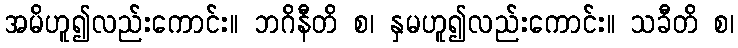
အမိဟူ၍လည်းကောင်း။ ဘဂိနီတိ စ၊ နှမဟူ၍လည်းကောင်း။ သခီတိ စ၊